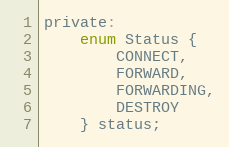
Language: C
private:
    enum Status {
        CONNECT,
        FORWARD,
        FORWARDING,
        DESTROY
    } status;